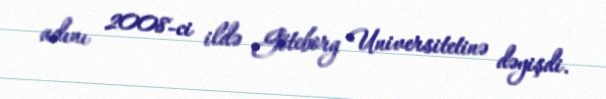
adını 2008-ci ildə Göteborg Universitetinə dəyişdi.